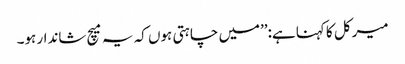
میرکل کا کہنا ہے:’’میں چاہتی ہوں کہ یہ میچ شاندار ہو۔